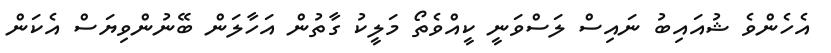
އެހެންވެ ޝުއައިބު ނައިސް ލަސްވަނީ ކީއްވެތޯ މަލީކު ގާތުން އަހާލަން ބޭނުންވިޔަސް އެކަން